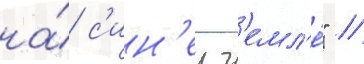
на́ с'ин'еи з'емл'е́" //